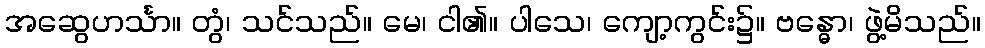
အဆွေဟင်္သာ။ တွံ၊ သင်သည်။ မေ၊ ငါ၏။ ပါသေ၊ ကျော့ကွင်း၌။ ဗန္ဓော၊ ဖွဲ့မိသည်။